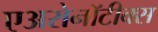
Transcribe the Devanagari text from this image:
एअरोनॉटीक्स